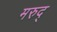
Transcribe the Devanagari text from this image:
मरुद्